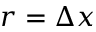
r = \Delta x